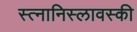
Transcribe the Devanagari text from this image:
स्त्नानिस्लावस्की